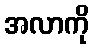
အလာကို